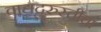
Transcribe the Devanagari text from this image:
वाद्यदुरुस्तीचा